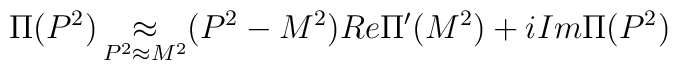
\Pi (P^2)\mathop \approx \limits_{P^2\approx M^2}(P^2-M^2) Re \Pi '(M^2)+i Im\Pi (P^2)